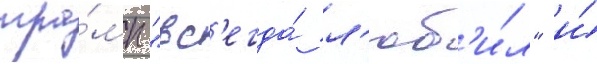
тра́мп "вс'егда́ л'юб'и́л" и́